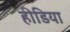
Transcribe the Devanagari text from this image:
हीडिया